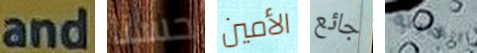
and حسنا الأمين جائع القابلة